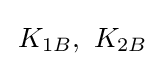
\,K_{1B},\ K_{2B}